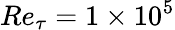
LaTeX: Re_{\tau}=1\times 10^{5}